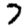
Digit: 7